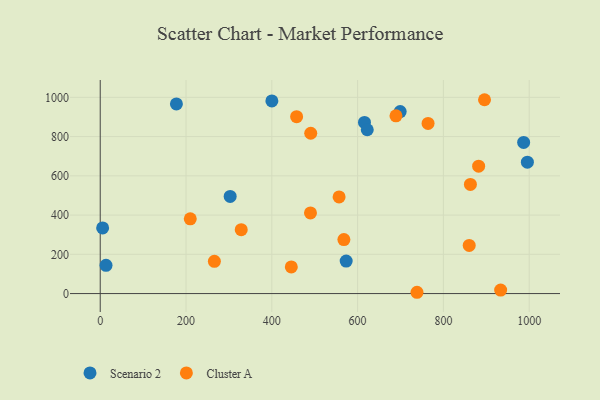
{"axis": {"x": "Engine Size", "y": "Sales"}, "legend": ["Cluster A", "Scenario 2"], "data": [{"x": "400.1", "y": 981.9, "type": "Scenario 2"}, {"x": "995.7", "y": 669.8, "type": "Scenario 2"}, {"x": "177.6", "y": 966.3, "type": "Scenario 2"}, {"x": "616.0", "y": 872.1, "type": "Scenario 2"}, {"x": "699.2", "y": 927.5, "type": "Scenario 2"}, {"x": "13.5", "y": 144.0, "type": "Scenario 2"}, {"x": "622.5", "y": 834.8, "type": "Scenario 2"}, {"x": "987.0", "y": 770.2, "type": "Scenario 2"}, {"x": "302.9", "y": 495.1, "type": "Scenario 2"}, {"x": "5.6", "y": 334.3, "type": "Scenario 2"}, {"x": "573.3", "y": 165.6, "type": "Scenario 2"}, {"x": "895.8", "y": 987.8, "type": "Cluster A"}, {"x": "568.0", "y": 274.9, "type": "Cluster A"}, {"x": "445.4", "y": 135.7, "type": "Cluster A"}, {"x": "457.8", "y": 901.6, "type": "Cluster A"}, {"x": "209.9", "y": 381.0, "type": "Cluster A"}, {"x": "556.8", "y": 492.3, "type": "Cluster A"}, {"x": "933.4", "y": 17.9, "type": "Cluster A"}, {"x": "882.1", "y": 649.0, "type": "Cluster A"}, {"x": "328.7", "y": 325.6, "type": "Cluster A"}, {"x": "490.7", "y": 816.9, "type": "Cluster A"}, {"x": "689.4", "y": 905.8, "type": "Cluster A"}, {"x": "862.9", "y": 556.3, "type": "Cluster A"}, {"x": "764.2", "y": 867.0, "type": "Cluster A"}, {"x": "266.1", "y": 164.4, "type": "Cluster A"}, {"x": "860.1", "y": 245.1, "type": "Cluster A"}, {"x": "738.4", "y": 6.6, "type": "Cluster A"}, {"x": "490.1", "y": 410.9, "type": "Cluster A"}]}